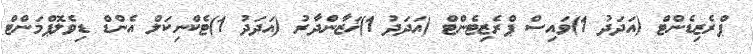
ޕްރެޒިޑެންޓް (އަދަދު 1)ވައިސް ޕްރެޒިޓެންޓް (އަދަދު 1)ޚަޒާންދާރު (އަދަދު 1)ޓެކްނިކަލް އެންޑް ޑިވެލޮޕްމަންޓް